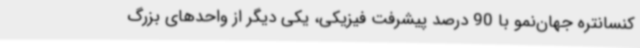
کنسانتره جهان‌نمو با 90 درصد پیشرفت فیزیکی، یکی دیگر از واحدهای بزرگ